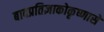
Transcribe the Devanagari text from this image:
बादप्रतिज्ञाकोकृष्णासे